Annual report on the health of the army in India
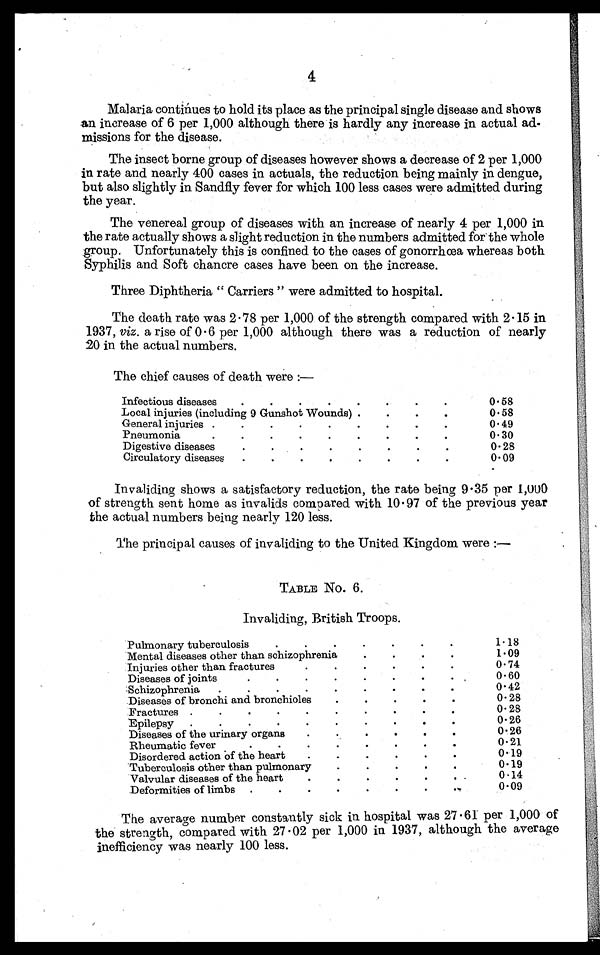
4
Malaria continues to hold its place as the principal single disease and shows
an increase of 6 per 1,000 although there is hardly any increase in actual ad-
missions for the disease.
The insect borne group of diseases however shows a decrease of 2 per 1,000
in rate and nearly 400 cases in actuals, the reduction being mainly in dengue,
but also slightly in Sandfly fever for which 100 less cases were admitted during
the year.
The venereal group of diseases with an increase of nearly 4 per 1,000 in
the rate actually shows a slight reduction in the numbers admitted for the whole
group. Unfortunately this is confined to the cases of gonorrhœa whereas both
Syphilis and Soft chancre cases have been on the increase.
Three Diphtheria " Carriers " were admitted to hospital.
The death rate was 2 . 78 per 1,000 of the strength compared with 2 . 15 in
1937, viz . a rise of 0 . 6 per 1,000 although there was a reduction of nearly
20 in the actual numbers.
The chief causes of death were :—
Infectious diseases
.
.
.
. . . . .
0.58
Local injuries (including 9 Gunshot Wounds) .
.
.
.
0.58
General injuries .
.
.
. . . . . .
0.49
Pneumonia.
. . . . . . . .
0 . 30
Digestive diseases
.
.
.
.
.
. . .
0.28
Circulatory diseases
.
.
.
.
.
. . .
0.09
Invaliding shows a satisfactory reduction, the rate being 9 . 35 per 1,000
of strength sent home as invalids com p ared with 10 . 97 of the previous year
the actual numbers being nearly 120 less.
The principal causes of invaliding to the United Kingdom were :—
TABLE No. 6.
Invaliding, British Troops.
Pulmonary tuberculosis
.
.
.
. . . .
1.18
Mental diseases other than schizophrenia
.
.
1.09
Injuries other than fractures
0.74
Diseases of joints
0.60
Schizophrenia
.
.
. . . . . . .
0.42
Diseases of bronchi and bronchioles
.
.
.
. .
0.28
Fractures .
.
. . . . . . . .
0.28
Epilepsy
. . . . . . . . . .
0.26
Diseases of the urinary organs
.
0.26
Rheumatic fever
.
.
.
.
.
. . .
0.21
Disordered action of the heart
.
.
.
.
. .
0.19
Tuberculosis other than pulmonary
.
.
. . .
0.19
Valvular diseases of the heart
.
.
. . . . .
0.14
Deformities of limbs .
.
. . . . .
0.09
The average number constantly sick in hospital was 27 . 61 per 1,000 of
the strength, compared with 27 . 02 per 1,000 in 1937, although the average
inefficiency was nearly 100 less.